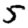
Digit: 5